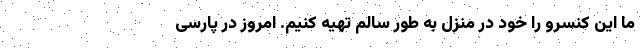
ما این کنسرو را خود در منزل به طور سالم تهیه کنیم. امروز در پارسی